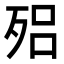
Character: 𣨕